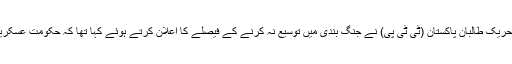
خیال رہے کہ وزیراعظم کی جانب سے یہ اہم اجلاس ایک ایسے وقت طلب کیا گیا کہ جب گذشتہ روز تحریک طالبان پاکستان (ٹی ٹی پی) نے جنگ بندی میں توسیع نہ کرنے کے فیصلے کا اعلان کرتے ہوئے کہا تھا کہ حکومت عسکریت پسند تنظیم کی جانب سے چالیس دنوں سے زیادہ جنگ بندی کا مثبت جواب دینے میں ناکام رہی ہے۔